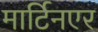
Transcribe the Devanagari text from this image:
मार्टिनएर